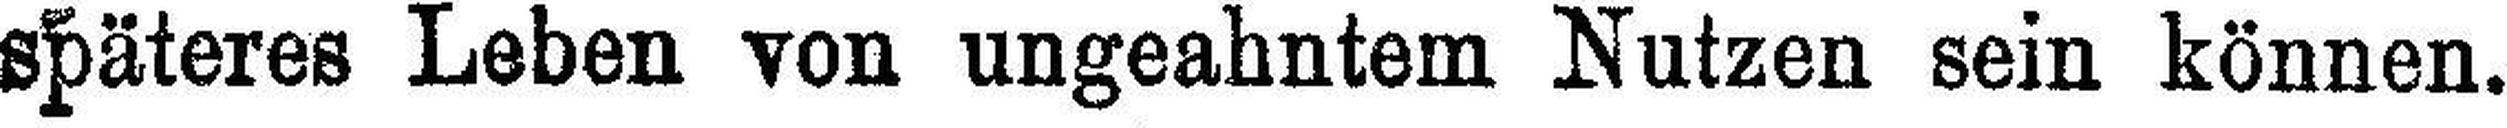
späteres Leben von ungeahntem Nutzen sein können.